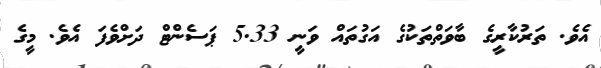
އެވެ. ތަރުކާރީގެ ބާވަތްތަކުގެ އަގުތައް ވަނީ 5.33 ޕަސެންޓް ދަށްވެފަ އެވެ. މީގެ